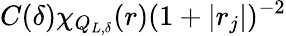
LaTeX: C(\delta)\chi_{Q_{L,\delta}}(r)(1+|r_{j}|)^{-2}